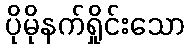
ပိုမိုနက်ရှိုင်းသော